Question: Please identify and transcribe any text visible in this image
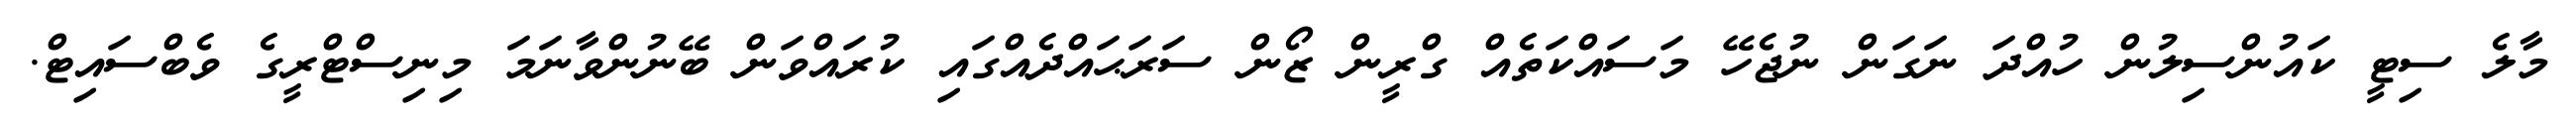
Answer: މާލެ ސިޓީ ކައުންސިލުން ހުއްދަ ނަގަން ނުޖެހޭ މަސައްކަތެއް ގްރީން ޒޯން ސަރަޙައްދެއްގައި ކުރައްވަން ބޭނުންވާނަމަ މިނިސްޓްރީގެ ވެބްސައިޓް.